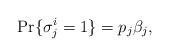
LaTeX: \begin{align*}{\Pr} \lbrace{\sigma _j^i = 1}\rbrace = p_j \beta_j,\end{align*}